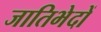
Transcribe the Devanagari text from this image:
जातिभेदों